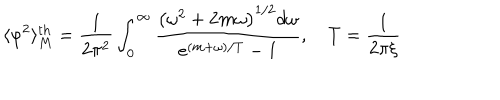
LaTeX: \langle \varphi ^ { 2 } \rangle _ { M } ^ { \mathrm { t h } } = \frac { 1 } { 2 \pi ^ { 2 } } \int _ { 0 } ^ { \infty } \frac { \left( \omega ^ { 2 } + 2 m \omega \right) ^ { 1 / 2 } d \omega } { e ^ { ( m + \omega ) / T } - 1 } , \quad T = \frac { 1 } { 2 \pi \xi }